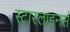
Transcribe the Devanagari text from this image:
स्टारलाइनर्स